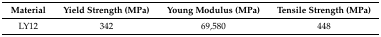
<table><thead><tr><td><b>Material</b></td><td><b>Yield Strength (MPa)</b></td><td><b>Young Modulus (MPa)</b></td><td><b>Tensile Strength (MPa)</b></td></tr></thead><tbody><tr><td>LY12</td><td>342</td><td>69,580</td><td>448</td></tr></tbody></table>